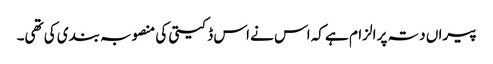
پیراں دتہ پر الزام ہے کہ اس نے اس ڈکیتی کی منصوبہ بندی کی تھی۔